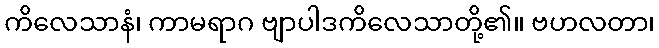
ကိလေသာနံ၊ ကာမရာဂ ဗျာပါဒကိလေသာတို့၏။ ဗဟလတာ၊